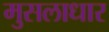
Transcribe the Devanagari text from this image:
मुसलाधार